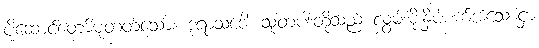
ပို့ဆောင်တော်မူတတ်သော။ ဒုရာသဒေါ၊ သူတပါးတို့သည် လွှမ်းမိုးနှိပ်စက်အံ့သောငှာ